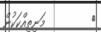
٤         މަނިތިއްކަކުން